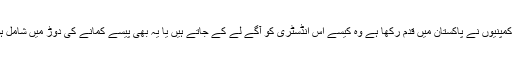
اب اگر نئی کمپنیوں نے پاکستان میں قدم رکھا ہے وہ کیسے اس انڈسٹری کو آگے لے کے جاتے ہیں یا یہ بھی پیسے کمانے کی دوڑ میں شامل ہو جاتے ہیں۔